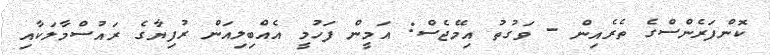
ކޮންފަރެންސްގެ ތެރެއިން - ވަގުތު އިމޭޖެސް: އަމީން ފަހުމީ އެއްބިލިއަން ރުފިޔާގެ ރައުސްމާލަކާއި